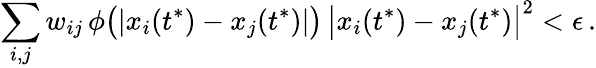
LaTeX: \sum_{i,j}w_{ij}\, \phi\big(|x_{i}(t^{*})-x_{j}(t^{*})|\big)\, \big|x_{i}(t^{*})-x_{j}(t^{*})\big|^{2}<\epsilon\, .